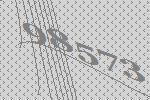
98573